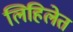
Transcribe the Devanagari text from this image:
लिहिलेत